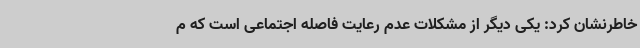
خاطرنشان کرد: یکی دیگر از مشکلات عدم رعایت فاصله اجتماعی است که م